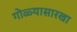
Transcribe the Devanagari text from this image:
गोळ्यासारखा